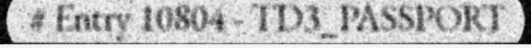
# Entry 10804 - TD3_PASSPORT